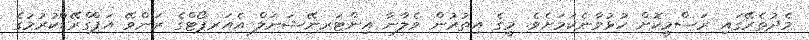
މެދުތެރޭގައި ރަސްމީކޮށް ހުޅުވާނެކަމަށެވެ. މީގެ އިތުރުން ވެލާނާ އިންޓަރނޭޝަނަލް އެއަރޕޯޓްގެ ރަންވޭ އަޕްގްރޭޑްކުރުމުގެ